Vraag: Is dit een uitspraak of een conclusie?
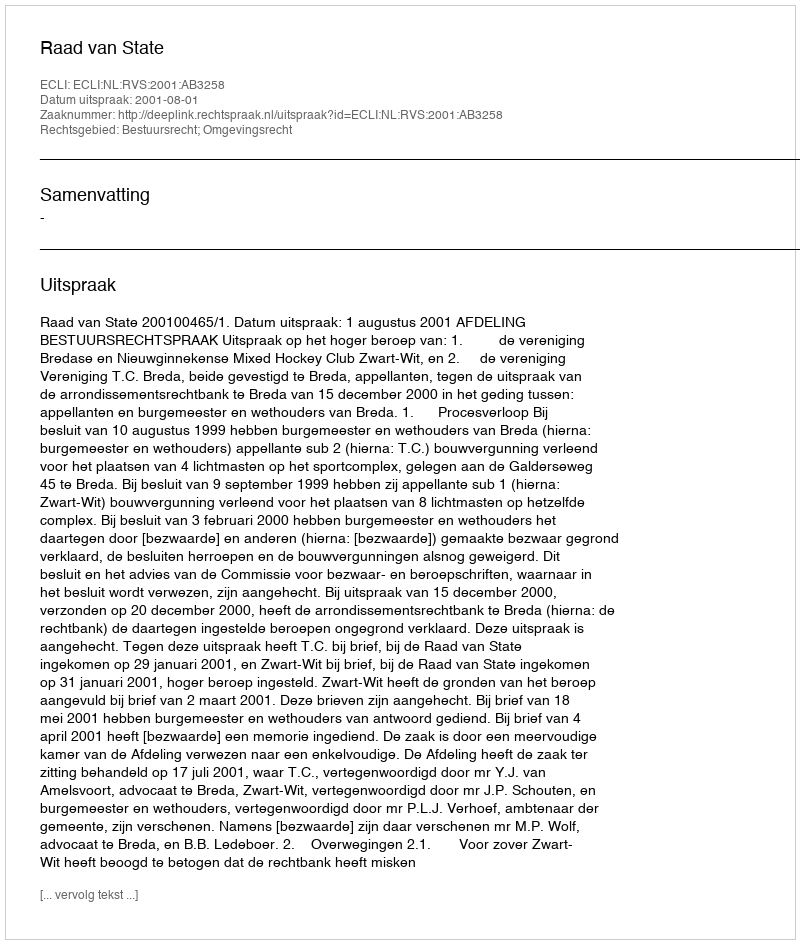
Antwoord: Uitspraak